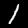
Digit: 1